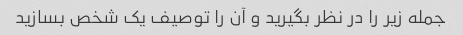
جمله زیر را در نظر بگیرید و آن را توصیف یک شخص بسازید